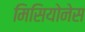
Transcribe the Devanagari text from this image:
मिसियोनेस